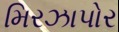
મિરઝાપોર